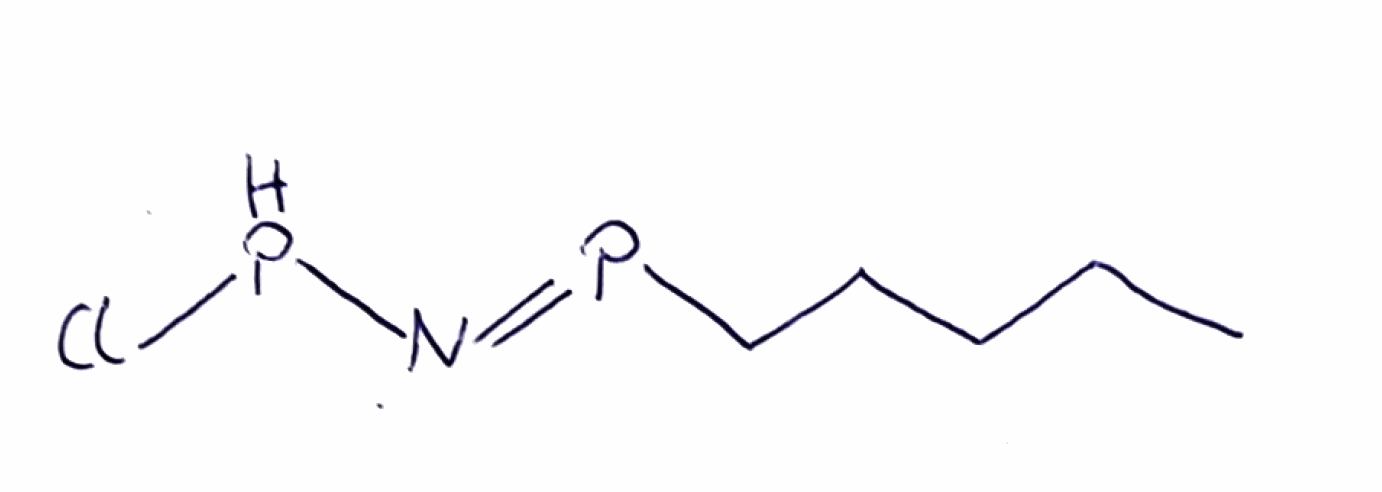
Simplified molecular-input line-entry system (SMILES) notation of the given molecule:
CCCCCP=NPCl